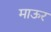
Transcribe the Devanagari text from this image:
माऊर